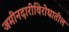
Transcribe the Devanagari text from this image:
जमीनदारीविरोधातील